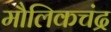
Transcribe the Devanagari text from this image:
मौलिकचंद्र